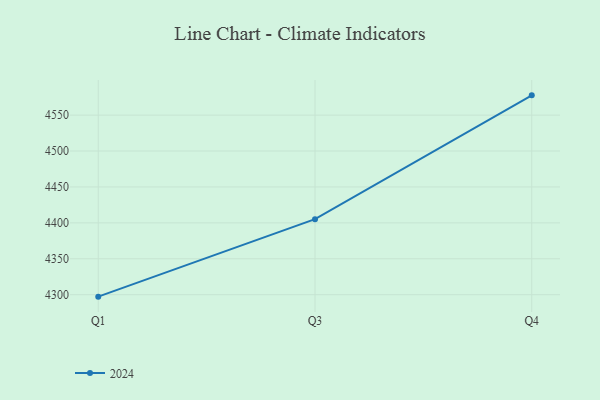
{"axis": {"x": "Quarter", "y": "Operating Costs (USD K)"}, "legend": ["2024"], "data": [{"x": "Q1", "y": 4297.3, "type": "2024"}, {"x": "Q3", "y": 4405.2, "type": "2024"}, {"x": "Q4", "y": 4577.5, "type": "2024"}]}